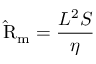
\mathrm { \hat { R } } _ { \mathrm { m } } = { \frac { L ^ { 2 } S } { \eta } }